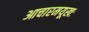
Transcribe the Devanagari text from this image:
आचारमयूखः